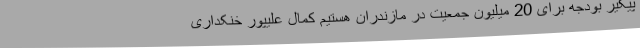
پیگیر بودجه برای 20 میلیون جمعیت در مازندران هستیم کمال علیپور خنکداری